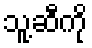
သူ့ဆီကို